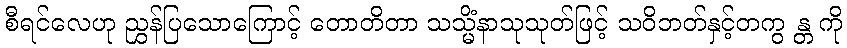
စီရင်လေဟု ညွှန်ပြသောကြောင့် တောတိတာ သသ္မိံနာသုသုတ်ဖြင့် သဝိဘတ်နှင့်တကွ န္တ ကို